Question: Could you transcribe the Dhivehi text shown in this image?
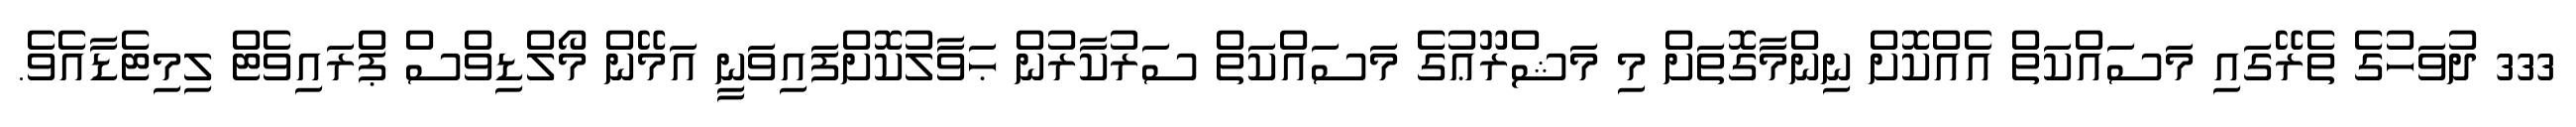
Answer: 333 ދުވަހުގެ ތެރޭގައި މަސައްކަތް އެއްކޮށް ނިންމާގޮތަށް މި މަޝްރޫޢުގެ މަސައްކަތް ސަރުކާރުން ޙަވާލުކޮށްފައިވަނީ އަމޭން މޯލްޑިވްސް ޕްރައިވެޓް ލިމިޓެޑާއެވެ.